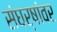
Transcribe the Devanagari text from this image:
संघर्षांवर